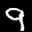
Label: 9